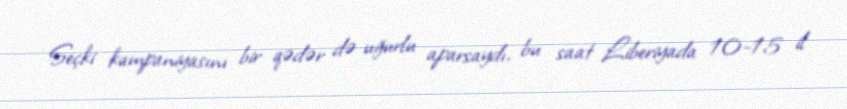
Seçki kampaniyasını bir qədər də uğurlu aparsaydı, bu saat Liberiyada 10-15 il